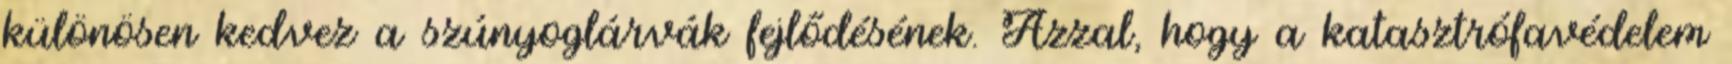
különösen kedvez a szúnyoglárvák fejlődésének. Azzal, hogy a katasztrófavédelem